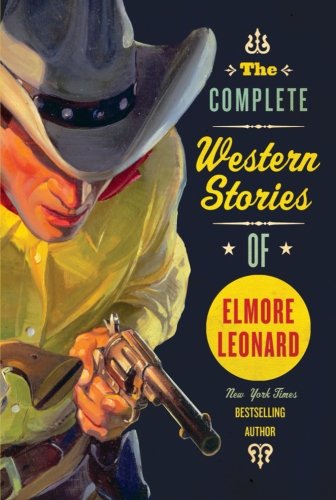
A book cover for The Complete Western Stories of Elmore Leonard; Elmore Leonard; Literature & Fiction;